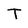
Character: T